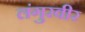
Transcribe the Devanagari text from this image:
लंगुरवीर